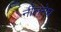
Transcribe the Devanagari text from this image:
नीलमेघ